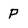
Character: P